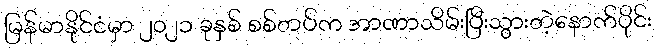
မြန်မာနိုင်ငံမှာ ၂၀၂၁ ခုနှစ် စစ်တပ်က အာဏာသိမ်းပြီးသွားတဲ့နောက်ပိုင်း